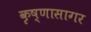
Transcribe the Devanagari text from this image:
कृष्णासागर